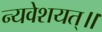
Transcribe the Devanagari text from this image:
न्यवेशयत्॥